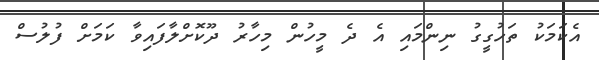
އެކަމަކު ތަހުގީގު ނިންމައި އެ ދެ މީހުން މިހާރު ދޫކޮށްލާފައިވާ ކަމަށް ފުލުސް